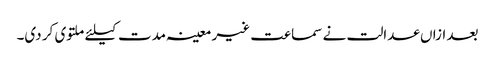
بعد ازاں عدالت نے سماعت غیر معینہ مدت کیلئے ملتوی کر دی۔